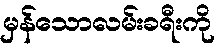
မှန်သောလမ်းခရီးကို